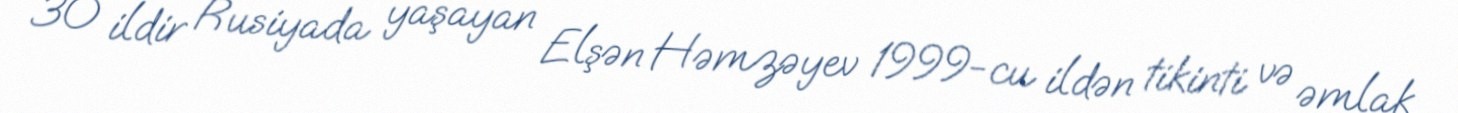
30 ildir Rusiyada yaşayan Elşən Həmzəyev 1999-cu ildən tikinti və əmlak